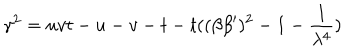
LaTeX: \gamma ^ { 2 } = u v t - u - v - t - t ( ( \beta \beta ^ { \prime } ) ^ { 2 } - 1 - \frac 1 { \lambda ^ { 4 } } )